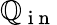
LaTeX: \mathbb{Q}_{\mathrm{{~i~n~}}}